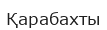
Қарабахты